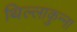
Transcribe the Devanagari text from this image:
थिल्लाकुन्ना